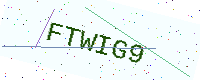
Text: FTWIG9